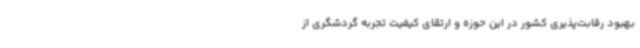
بهبود رقابت‌پذیری کشور در این حوزه و ارتقای کیفیت تجربه گردشگری از